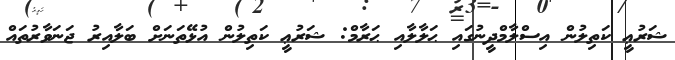
ޝަރުޢީ ކަތިލުން އިސްލާމްދީނުގައި ޙަލާލާއި ޙަރާމް: ޝަރުޢީ ކަތިލުން އުޅޭތަނަށް ބަލާއިރު ޖަނަވާރުތައް